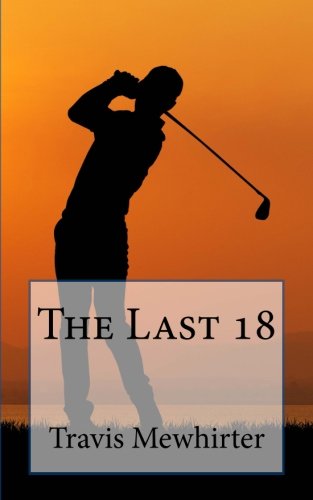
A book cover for The Last 18; Travis Mewhirter; Teen & Young Adult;